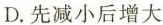
D.先减小后增大